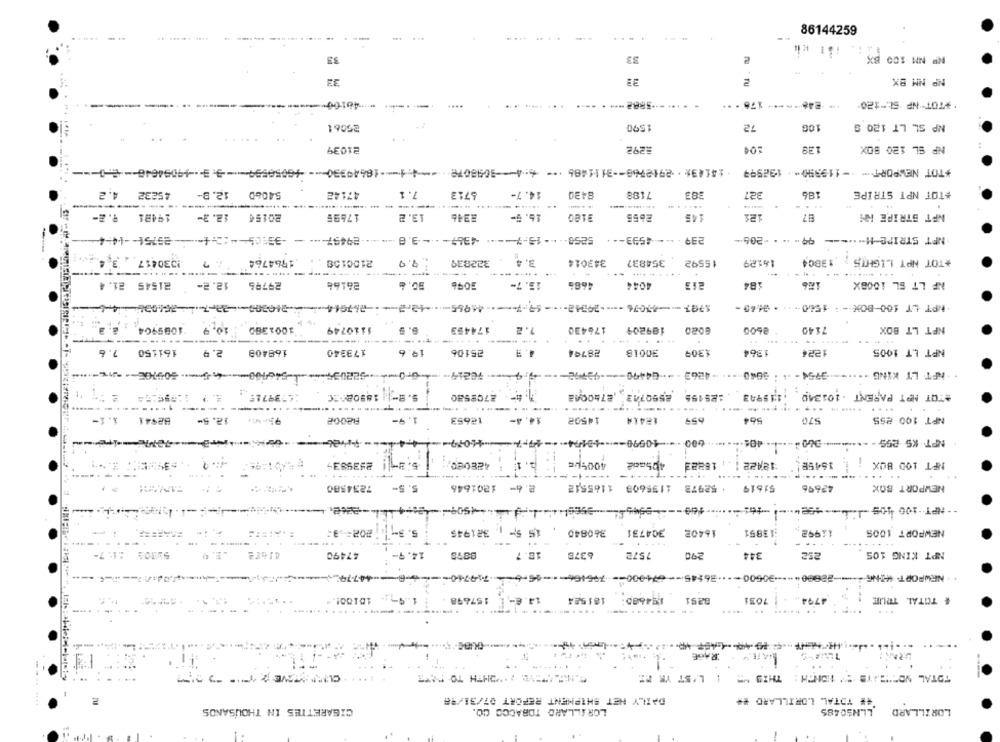
....
86144259
33
33
NP NM 100 BX
NP NM 8X
....
....
** 248 ****- 178 ***
** TOT"NP SI-120.
........
25061
1590
72
106
NP SL LT 120 9
21039
#292
129
NP EL 120 BOX
#TOT NEWPORT - - 119390- 192999
45232 4.2
54060 12.B-
47142
7.1
6713
14.7-
8430
7188
383
327
186
#TOT NPT STRIPE
----------
.... . ..
...
9.2-
19481
12.2-
20154
17695
13.2
8346
16.5-
2655
121
NFT STRIPE HM
25754 -- 44-4-
29457 ----
5258 -- - - 15-7 --- 4967 --- 3.8
239 - - - 4593-4.
99 * * * - 206-
NFT STRIPE-H -.-
1030417 .3.4
.1964764
2100158
.. 9.9
322839
3. 4
343014
354837
15592
16129
.13804
*TOT NPT LIGHTS
7.7
--------
... ......
21545 21.4
29796
26166
15.7-
468%
213
NF LT SL 1008X
12.2-
4044
184
. NPT LT 100-BOX - : 1560 -···· 3465-
10.9 1085904
1001380
1110749
6. 9
174453
7.2
176430
109204
2600
7140
NFT LT BOX
----
----
.....
..... ..
.. .
...
7.6
173340
30018
NPT LT 1005
161150
2.9
168408
19.
25106
1. 9
28744
1309
1864
1224
4.5-309706-12-
70214.
-- 4
NFT LT KING ·· ·· - -- 3754 - ·· · 3040 ----- 4263 --- 64490-
:: 39715.
2590742 2740002
*TOT MPT PARENT . 101349 .115943
5.9- 18908520
2708580
125155
-----.
..... .. ...
.. ..
82941 1.1-
12.5-
1.9-
12653
14.4-
14502
12414
659
664
570
NPT 100 255
-
4.4
600 -10590 -- 13274-9-7
i
2439834
4005-
405col
18883
15458!
NFT 100 BOX
---- +-
...
7234580
5. 5-
2.4- 1201646
52973 1195608 1165512
51619
42696
NEWPORT BOX
-
-- NPT -- 100 405 -1 ---- 462 ..
5. 3-
2025-3:
15 5- 321945
360840
304731
16402
:13851
11992
NEWPORT 1005
----
53304 :1: 7-
47490
14.9-
10.7
6376
7572
290
344
212
NPT KING 105
NEWPORT- (HING 1-+-22080 ---- 20500 -- +26145 --- 674900 -- 76546 ---- 46-6 ---- 719740 --
15100 !.
1.9.
157698
14.6-
181524
194685:
8291
7031
4794
& TOTAL TRUE
....
.. .......
...
RAGE
......
a =====----
TOTAL NO""SAYS " HONCH: THIS MM | L'ST YE EZ
----
DAILY HET SHIPMENT REPORT 07/31/48
## TOTAL LORILLARD **
CIGARETTES IN THOUSANDS
LORILLARD TOBACCO CO.
LLNSC485
LORILLARD